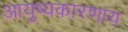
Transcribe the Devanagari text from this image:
आयुष्यकारणाय